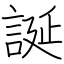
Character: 誕